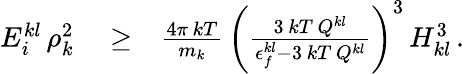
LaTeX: \begin{array}{rlr}{E_{i}^{kl}\, \rho_{k}^{2}}&{{}\ge}&{\frac{4\pi\, kT}{m_{k}}\, \left(\frac{3\, kT\, Q^{kl}}{\epsilon_{f}^{kl}-3\, kT\, Q^{kl}}\right)^{3}\, H_{kl}^{3}\, .}\end{array}